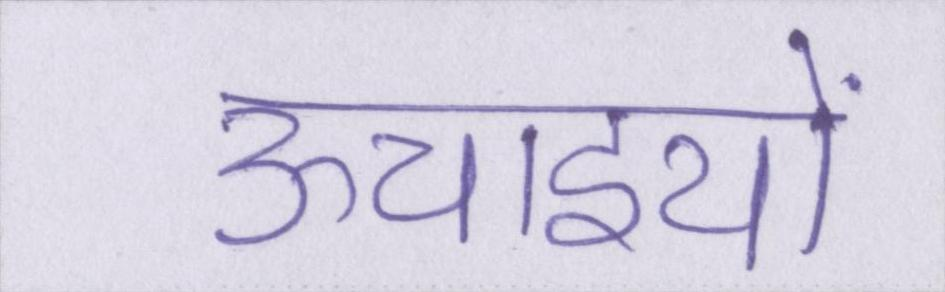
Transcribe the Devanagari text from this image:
ऊचाइयों